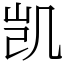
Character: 凯